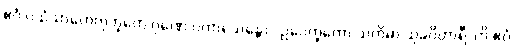
ဧဝံ ပသံသာဟေတုဘူတေ ဂုဏေ ပကာသေန္တော “ဥပေက္ခကော သတိမာ သုခဝိဟာရီ”တိ ဧဝံ